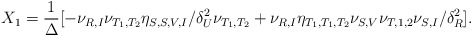
\begin{align*}\begin{aligned}X_1=\frac{1}{\Delta} [-\nu_{R,I}\nu_{T_1,T_2}\eta_{S,S,V,I}/\delta_{U}^2\nu_{T_1,T_2}+\nu_{R,I}\eta_{T_1,T_1,T_2} \nu_{S,V}\nu_{T,1,2}\nu_{S,I}/\delta_{R}^2 ].\end{aligned}\end{align*}